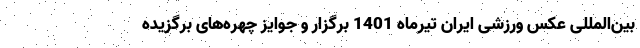
بین‌المللی عکس ورزشی ایران تیرماه 1401 برگزار و جوایز چهره‌های برگزیده